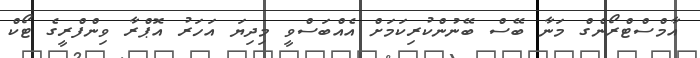
އާމްސްޓްރޯންގް މަނާ ބޭސް ބޭނުންކުރިކަމަށް އެއްބަސްވީ މިދިޔަ އަހަރު އޮޕްރާ ވިންފްރީގެ ޓޯކް